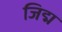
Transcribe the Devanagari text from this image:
जिद्म